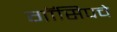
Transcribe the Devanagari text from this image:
गॉसिपचे